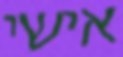
אישי